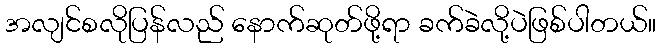
အလျင်စလိုပြန်လည် နောက်ဆုတ်ဖို့ရာ ခက်ခဲလို့ပဲဖြစ်ပါတယ်။